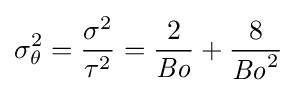
\sigma _{\theta }^{2}={\frac {\sigma ^{2}}{\tau ^{2}}}={\frac {2}{\mathit {Bo}}}+{\frac {8}{{\mathit {Bo}}^{2}}}